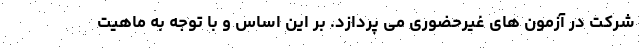
شرکت در آزمون های غیرحضوری می پردازد. بر این اساس و با توجه به ماهیت